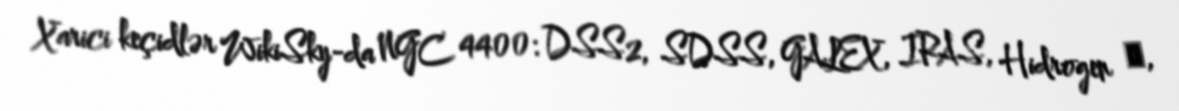
Xarici keçidlər WikiSky-da NGC 4400: DSS2, SDSS, GALEX, IRAS, Hidrogen α,